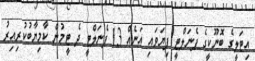
އިޓަލީގެ ބޮނޫކީގެ ޕެނަލްޓީ ފިޔަވައި އަނެއް 13 ޕެނަލްޓީ ދެ ޓީމުން ކާމިޔާބުކުރިއިރު